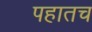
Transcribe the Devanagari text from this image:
पहातच